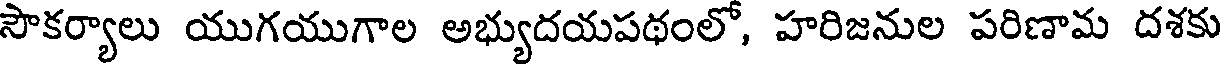
సౌకర్యాలు యుగయుగాల అభ్యుదయపథంలో, హరిజనుల పరిణామ దశకు